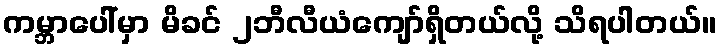
ကမ္ဘာပေါ်မှာ မိခင် ၂ဘီလီယံကျော်ရှိတယ်လို့ သိရပါတယ်။